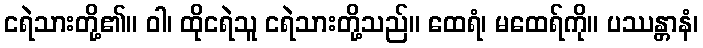
ငရဲသားတို့၏။ ဝါ၊ ထိုငရဲသူ ငရဲသားတို့သည်။ ထေရံ၊ မထေရ်ကို။ ပဿန္တာနံ၊